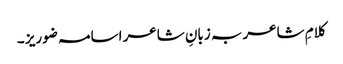
کلامِ شاعر بہ زبانِ شاعر اسامہ ضوریز ۔